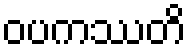
ဝပကဿတိ